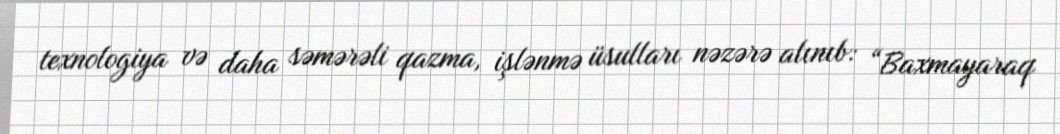
texnologiya və daha səmərəli qazma, işlənmə üsulları nəzərə alınıb: “Baxmayaraq